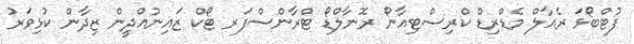
ފުޓްބޯޅަ ރެއާލް މެޑްރިޑް ކްރިސްޓިއާނޯ ރޮނާލްޑޯ ޓްރާންސްފަރ ޓޯކް ޒައިނުއްދީން ޒިދާން ކުޅިވަރު